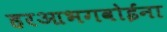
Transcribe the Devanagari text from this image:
हरआभगवोईना